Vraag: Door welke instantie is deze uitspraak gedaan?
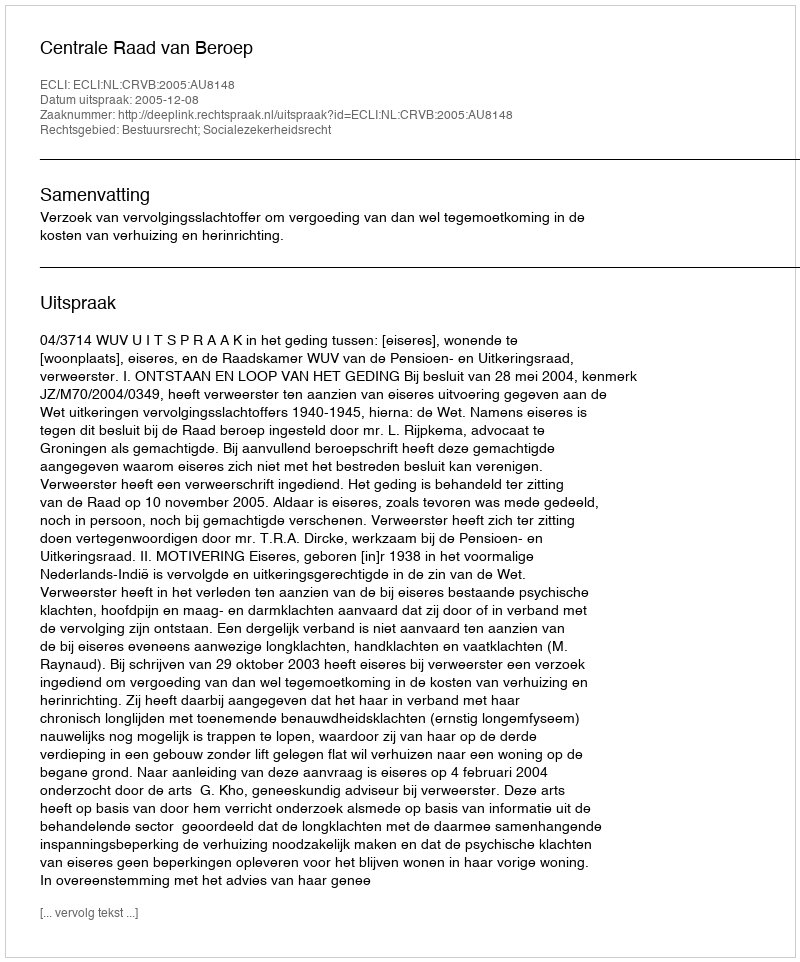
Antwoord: Centrale Raad van Beroep